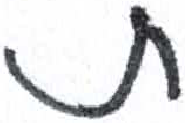
אות: ת